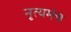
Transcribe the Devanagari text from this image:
नृत्यमंच